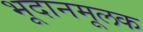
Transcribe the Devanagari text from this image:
भूदानमूलक